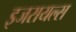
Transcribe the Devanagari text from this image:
इजरायल्स